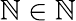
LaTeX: \mathbb{N}\in\mathbb{{\mathbb{N}}}